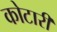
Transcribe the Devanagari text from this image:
कोटारी